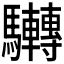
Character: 𩧜